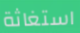
استغاثة